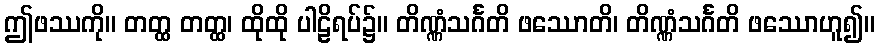
ဤဖဿကို။ တတ္ထ တတ္ထ၊ ထိုထို ပါဠိရပ်၌။ တိဏ္ဏံသင်္ဂတိ ဖဿောတိ၊ တိဏ္ဏံသင်္ဂတိ ဖဿောဟူ၍။